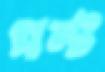
গ্রান্ট